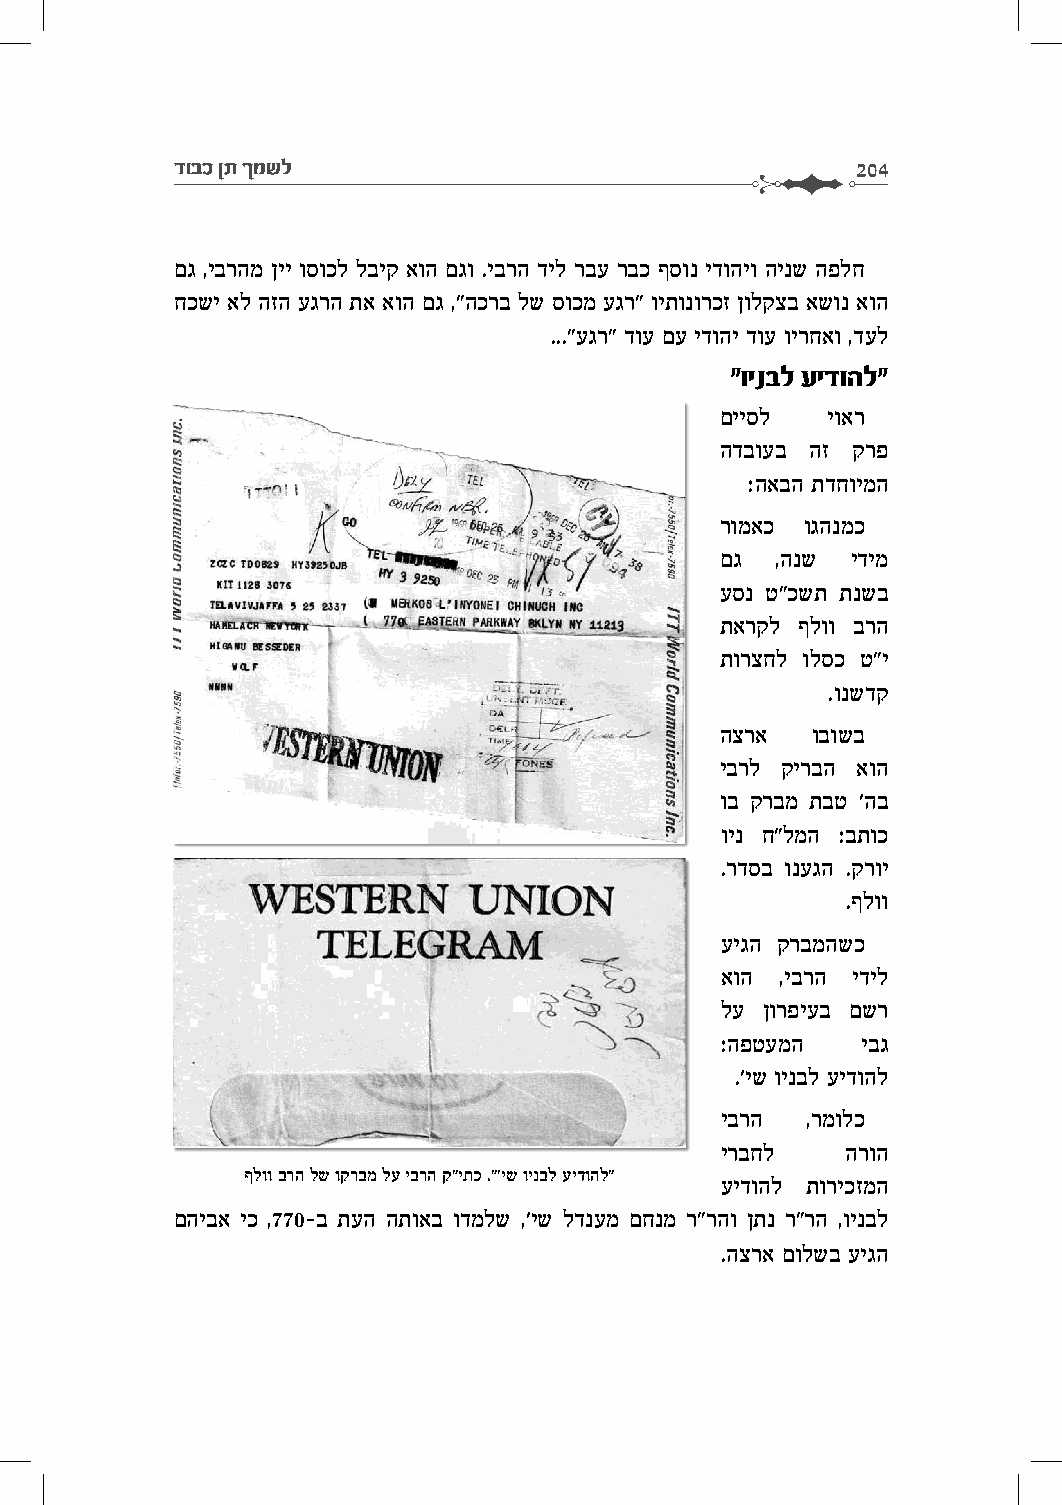
דובכ ןת ךמשל                                  204
 םג ,יברהמ ןיי וסוכל לביק אוה םגו .יברה דיל רבע רבכ ףסונ ידוהיו הינש הפלח
 חכשי אל הזה עגרה תא אוה םג ,"הכרב לש סוכמ עגר" ויתונורכז ןולקצב אשונ אוה
 ..."עגר" דוע םע ידוהי דוע וירחאו ,דעל
 "וינבל עידוהל"
 םייסל  יואר
 הדבועב הז קרפ
 :האבה תדחוימה
 רומאכ וגהנמכ
 םג ,הנש ידימ
 עסנ ט"כשת תנשב
 תארקל ףלוו ברה
 תורצחל ולסכ ט"י
 .ונשדק
 הצרא  ובושב
 יברל קירבה אוה
 וב קרבמ תבט 'הב
 וינ ח"למה :בתוכ
 .רדסב ונעגה .קרוי
 .ףלוו
 עיגה קרבמהשכ
 אוה ,יברה ידיל
 לע ןורפיעב םשר
 :הפטעמה  יבג
 .'יש וינבל עידוהל
 יברה ,רמולכ
 ירבחל   הרוה
 ףלוו ברה לש וקרבמ לע יברה ק"יתכ ."'יש וינבל עידוהל"
 עידוהל תוריכזמה
 םהיבא יכ ,770-ב תעה התואב ודמלש ,'יש לדנעמ םחנמ ר"רהו ןתנ ר"רה ,וינבל
 .הצרא םולשב עיגה